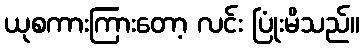
ယုစကားကြားတော့ လင်း ပြုံးမိသည်။